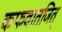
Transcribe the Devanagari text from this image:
कफवातजित्